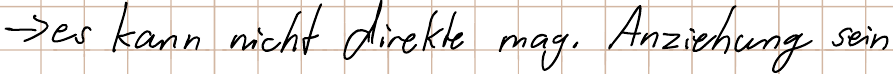
-> es kann nicht direkte mag. Anziehung sein